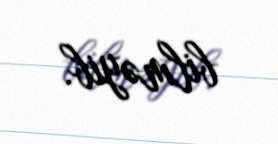
bilməyib.